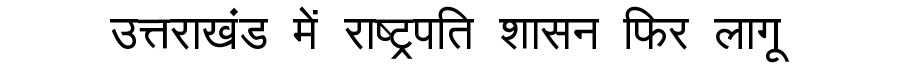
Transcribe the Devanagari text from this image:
उत्तराखंड में राष्ट्रपति शासन फिर लागू